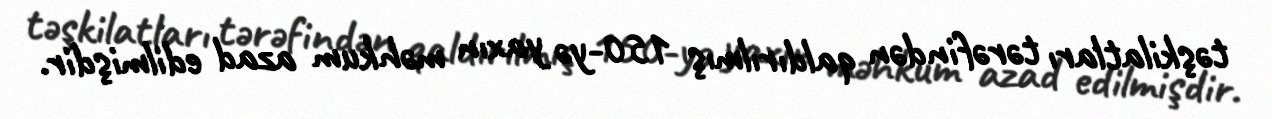
təşkilatları tərəfindən qaldırılmış 150-yə yaxın məhkum azad edilmişdir.